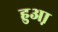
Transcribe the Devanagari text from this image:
हुआ़